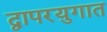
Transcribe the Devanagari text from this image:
द्वापरयुगात